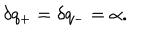
\delta q _ { + } = \delta q _ { - } = \alpha .